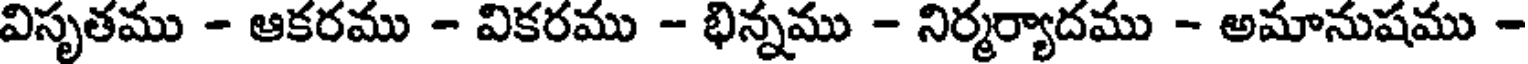
విసృతము - ఆకరము - వికరము - భిన్నము - నిర్మర్యాదము - అమానుషము -